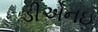
ડીએનઇ